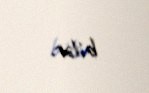
bilər.